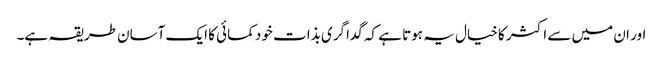
اور ان میں سے اکثر کا خیال یہ ہوتا ہے کہ گداگری بذات خود کمائی کا ایک آسان طریقہ ہے۔